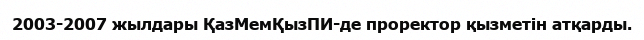
2003-2007 жылдары ҚазМемҚызПИ-де проректор қызметін атқарды.